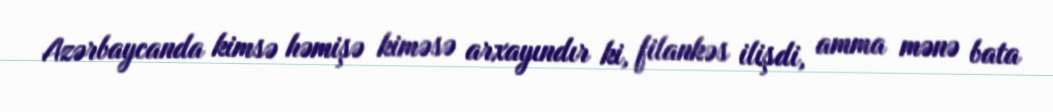
Azərbaycanda kimsə həmişə kiməsə arxayındır ki, filankəs ilişdi, amma mənə bata